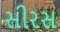
સીરસ